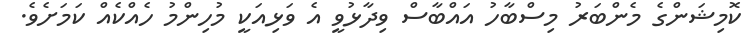
ކޮމިޝަންގެ މެންބަރު މިސްބާހު އައްބާސް ވިދާޅުވީ އެ ވަޅިއަކީ މުހިންމު ހެއްކެއް ކަމަށެވެ.